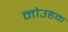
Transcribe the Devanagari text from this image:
नोउहक